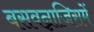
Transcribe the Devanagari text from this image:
बसवन्नाजिसमें